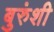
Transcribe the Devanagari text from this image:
बुरुंशी